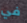
في